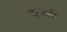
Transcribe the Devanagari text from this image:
कंजारी